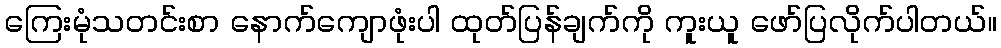
ကြေးမုံသတင်းစာ နောက်ကျောဖုံးပါ ထုတ်ပြန်ချက်ကို ကူးယူ ဖော်ပြလိုက်ပါတယ်။